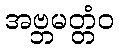
အဗ္ဘမတ္တံဝ